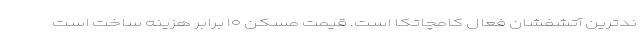
ندترین آتشفشان فعال کامچاتکا است. قیمت مسکن ۱۰ برابر هزینه ساخت است